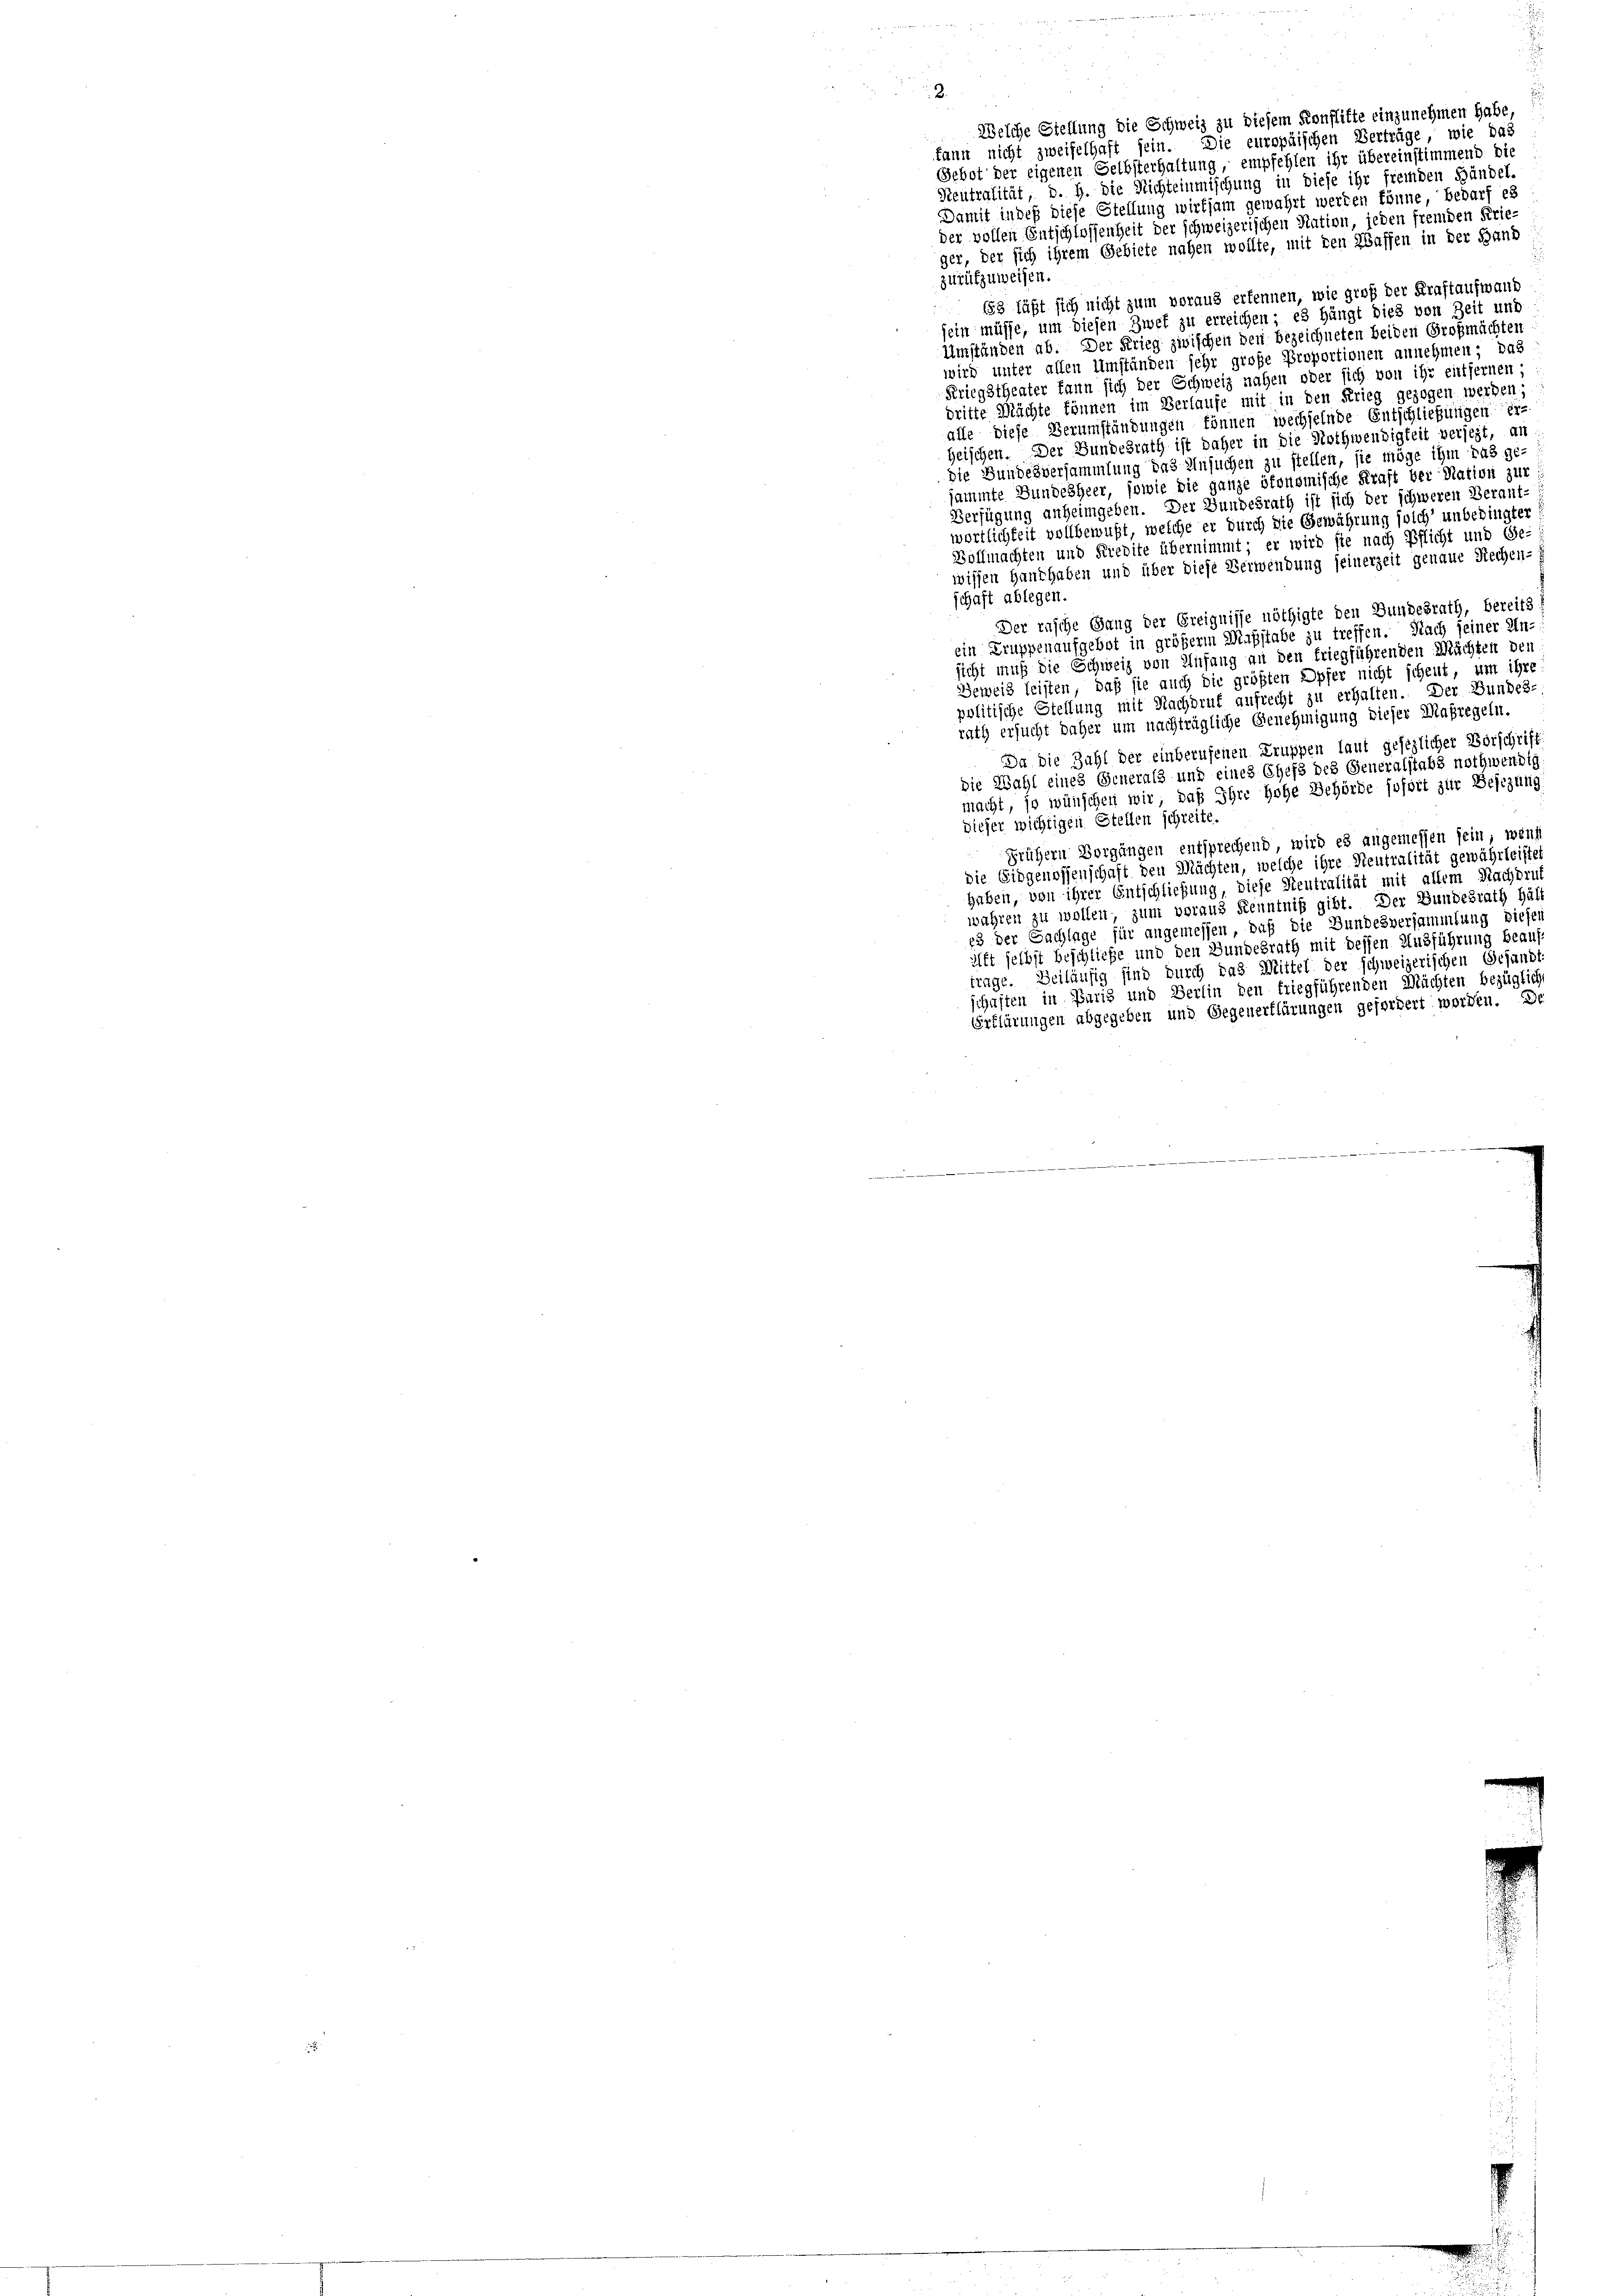
Welche Stellung die Schweiz zu diesem Konflifte einzunehmen habe
kann nicht zweifelhaft sein. Die europäischen Verträge, wie das
Gebot der eigenen Selbsterhaltung, empfehlen ihr übereinstimmend die
Reutralität, d. h. die Richteinmischung in diese ihr fremden Händel-
Damit indeß diese Stellung wirksam gewährt werden könne, bedarf es
der vollen Entschlossenheit der schweizerischen Nation, jeden fremden Krie-
ger, der sich ihrem Gebiete nahen wollte, mit den Waffen in der Hand
zurufzuweisen.
683 läßt sich nicht zum voraus erkennen, wie groß der Kraftaufwand

sein müsse, um diesen Zwet zu erreichen; es hängt dies von Zeit und
Umständen ab. Der Krieg zwischen den bezeichneten beiden Großmächten
wird unter allen Umständen sehr große Proportionen annehmen; das
Kriegstheater kann sich der Schweiz nahen oder sich von ihr entfernen;
dritte Mächte können im Berlaufe mit in den Krieg gezogen werden;
iile diese Verumständungen können wechselnde Entschließungen er-
Heischen. Der Bundesrath ist daher in die Nothwendigkeit versezt, an
die Bundesversammlung das Ansuchen zu stellen, sie möge ihm das ge-
jammte Bundesheer, sowie die ganze ökonomische Kraft der Nation zur
Verfügung anheimgeben. Der Bundesrath ist sich der schweren Berant-
wortlichkeit vollbewußt, welche er durch die Gewährung solch unbedingter
Vollmachten und Kredite übernimmt; er wird sie nach Pflicht und (Ge
wissen Handhaben und über diese Verwendung seinerzeit genaue Rechen-
schaft ablegen.
Der rasche Gang der Greignisse nöthigte den Bundesrath, bereits
ein Truppenaufgebot in größerm Maßstabe zu treffen. Nach seiner Un-
sicht muß die Schweiz von Anfang an den friegführenden Mächten den
Beweis leisten, daß sie auch die größten Opfer nicht scheut, um ihre
politische Stellung mit Nachdruk aufrecht zu erhalten. Der Bundes-
rath ersucht daher um nachträgliche Genehmigung dieser Maßregeln.
Da die Zahl der einberufenen Truppen laut gesezlicher Vorschrift
die Wahl eines Generals und eines Chefs des Generalstabs nothwendig
macht, so wünschen wir, daß Ihre Hohe Behörde sofort zur Besezung
dieser wichtigen Stellen schreite.
frühern Vorgängen entsprechend, wird es angemessen sein, wenn
die Eidgenossenschaft den Mächten, welche ihre Neutralität gewährleistet
haben, von ihrer Entschließung, diese Neutralität mit allem Nachdruk
wahren zu wollen, zum voraus Kenntniß gibt. Der Bundesrath häl
es der Sachlage für angemessen, daß die Bundesversammlung diesen
ilft selbst beschließe und den Bundesrath mit dessen Ausführung beauftrage. Beiläufig sind durch das Mittel der schweizerischen Gesandt
schaften in Paris und Berlin den friegführenden Mächten bezüglich
Erklärungen abgegeben und Gegenerklärungen gefordert worden. De
s s e g mehr und ein an der ist so ist in mit die Stein, die ist wie die wie die wie die der